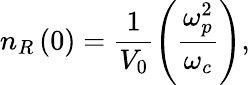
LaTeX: n_{R}\left(0\right)=\frac{1}{V_{0}}\left(\frac{\omega_{p}^{2}}{\omega_{c}}\right),